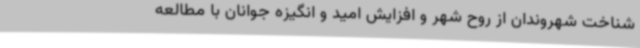
شناخت شهروندان از روح شهر و افزایش امید و انگیزه جوانان با مطالعه